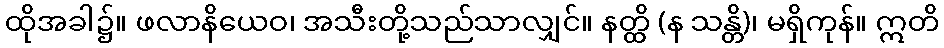
ထိုအခါ၌။ ဖလာနိယေဝ၊ အသီးတို့သည်သာလျှင်။ နတ္ထိ (န သန္တိ)၊ မရှိကုန်။ ဣတိ